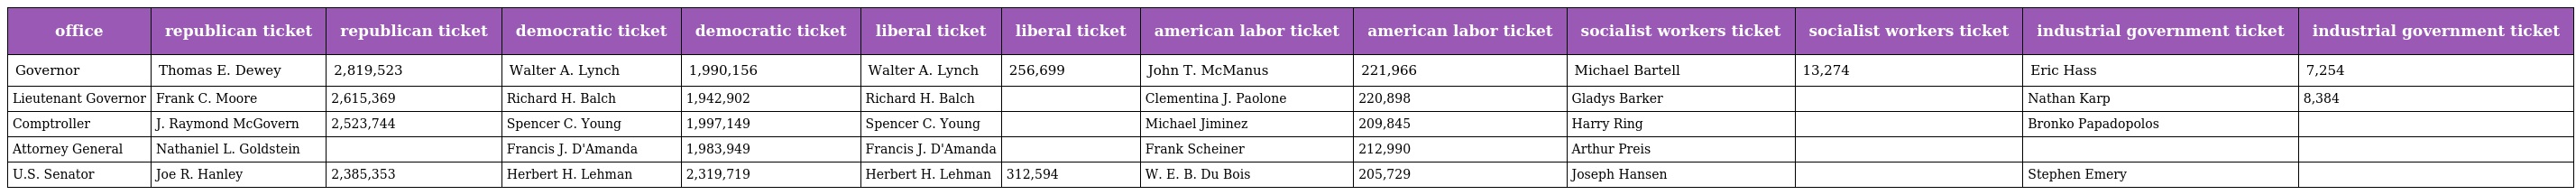
| office | republican ticket | republican ticket | democratic ticket | democratic ticket | liberal ticket | liberal ticket | american labor ticket | american labor ticket | socialist workers ticket | socialist workers ticket | industrial government ticket | industrial government ticket |
 | --- | --- | --- | --- | --- | --- | --- | --- | --- | --- | --- | --- | --- |
 | Governor | Thomas E. Dewey | 2,819,523 | Walter A. Lynch | 1,990,156 | Walter A. Lynch | 256,699 | John T. McManus | 221,966 | Michael Bartell | 13,274 | Eric Hass | 7,254 |
 | Lieutenant Governor | Frank C. Moore | 2,615,369 | Richard H. Balch | 1,942,902 | Richard H. Balch |  | Clementina J. Paolone | 220,898 | Gladys Barker |  | Nathan Karp | 8,384 |
 | Comptroller | J. Raymond McGovern | 2,523,744 | Spencer C. Young | 1,997,149 | Spencer C. Young |  | Michael Jiminez | 209,845 | Harry Ring |  | Bronko Papadopolos |  |
 | Attorney General | Nathaniel L. Goldstein |  | Francis J. D'Amanda | 1,983,949 | Francis J. D'Amanda |  | Frank Scheiner | 212,990 | Arthur Preis |  |  |  |
 | U.S. Senator | Joe R. Hanley | 2,385,353 | Herbert H. Lehman | 2,319,719 | Herbert H. Lehman | 312,594 | W. E. B. Du Bois | 205,729 | Joseph Hansen |  | Stephen Emery |  |